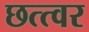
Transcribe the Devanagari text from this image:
छत्त्वर